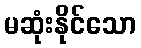
မဆုံးနိုင်သော